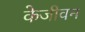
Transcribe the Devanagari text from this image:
केजीवन